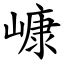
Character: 嵻